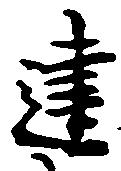
建